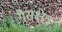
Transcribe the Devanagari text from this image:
गैसक्षेत्र